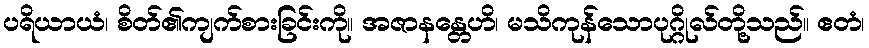
ပရိယာယံ၊ စိတ်၏ကျက်စားခြင်းကို။ အဇာနန္တေဟိ၊ မသိကုန်သောပုဂ္ဂိုလ်တို့သည်။ ဧတံ၊